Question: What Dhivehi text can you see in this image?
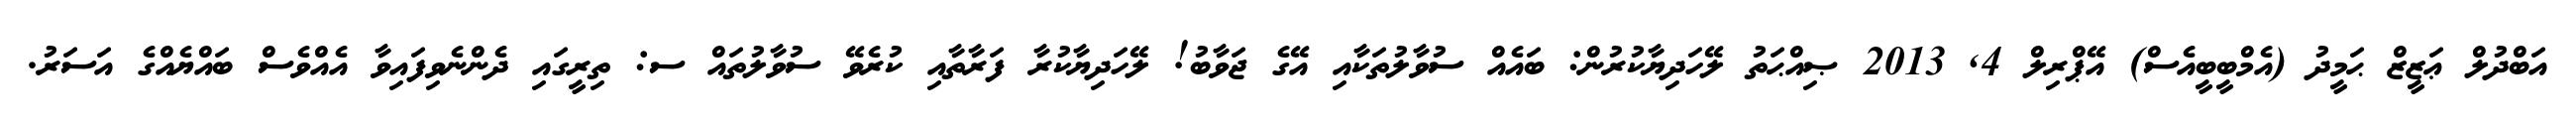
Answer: އަބްދުލް ޢަޒީޒް ޙަމީދު (އެމްބީބީއެސް) އޭޕްރިލް 4, 2013 ޞިއްޙަތު ލޭހަދިޔާކުރުން: ބައެއް ސުވާލުތަކާއި އޭގެ ޖަވާބު! ލޭހަދިޔާކުރާ ފަރާތާއި ކުރެވޭ ސުވާލުތައް ސ: ތިރީގައި ދެންނެވިފައިވާ އެއްވެސް ބައްޔެއްގެ އަސަރު.